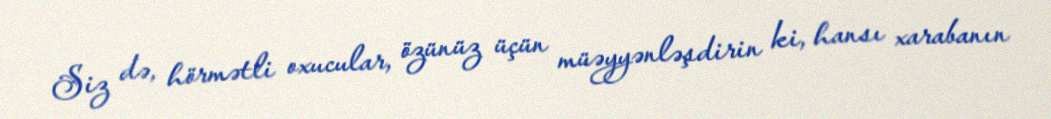
Siz də, hörmətli oxucular, özünüz üçün müəyyənləşdirin ki, hansı xarabanın